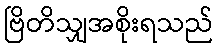
ဗြိတိသျှအစိုးရသည်